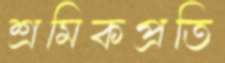
শ্রমিকপ্রতি